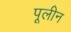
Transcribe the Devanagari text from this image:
पूलीन